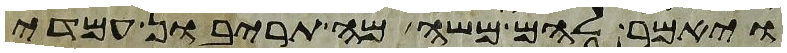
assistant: ויאמר להם משה מה תריבון עמדי